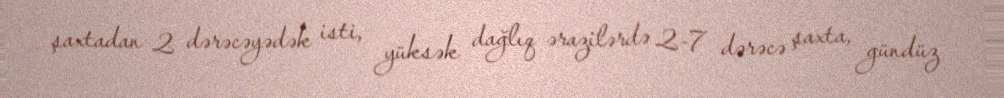
şaxtadan 2 dərəcəyədək isti, yüksək dağlıq ərazilərdə 2-7 dərəcə şaxta, gündüz